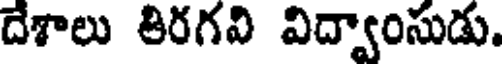
దేశాలు తిరగవి విద్వాంసుడు.